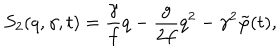
S _ { 2 } ( q , \gamma , t ) = \frac { \gamma } { f } q - \frac { g } { 2 f } q ^ { 2 } - \gamma ^ { 2 } \tilde { \varphi } ( t ) ,